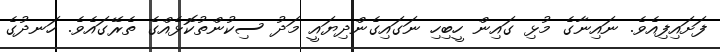
ފަށައިފިއެވެ. ނައިނާގެ މުޅި ގައިން ހީބިހި ނަގައިގެންދިޔައީ މަދު ސިކުންތުކޮޅެއްގެ ތެރޭގައެވެ. ހަނދުގެ